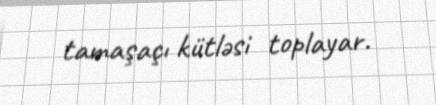
tamaşaçı kütləsi toplayar.